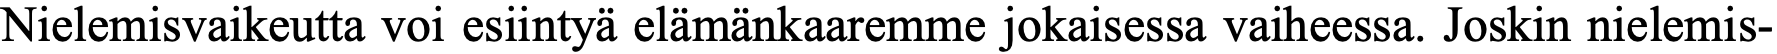
Nielemisvaikeutta voi esiintyä elämänkaaremme jokaisessa vaiheessa. Joskin nielemis-